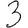
Digit: 3